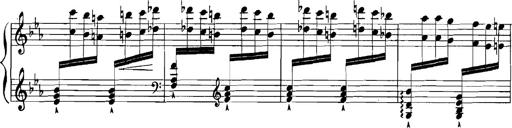
Title: Rhapsodies hongroises
Composer: Franz Liszt